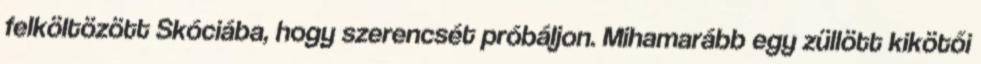
felköltözött Skóciába, hogy szerencsét próbáljon. Mihamarább egy züllött kikötői